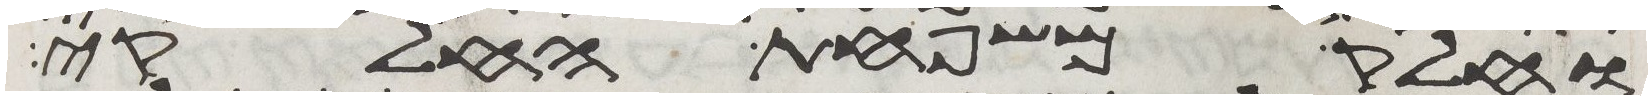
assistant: וחלק משפחת החלקי